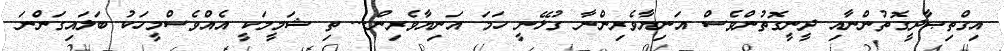
އިގްތިޞާދީގޮތުންނާއި ދީނީގޮތުންވެސް އަނިޔާވެރިންނާ ގުޅޭނީ ހަމަ އަނިޔާވެރިން... ތި ޝަމީމަކީ އެއްވެސްމީހަކު ބަލައިގަންނަ